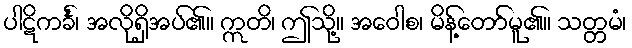
ပါဋိကင်္ခံ၊ အလိုရှိအပ်၏။ ဣတိ၊ ဤသို့။ အဝေါစ၊ မိန့်တော်မူ၏။ သတ္တမံ၊